Vaccination in Bombay 1924-1928 - 1924-1928
Year: 1924
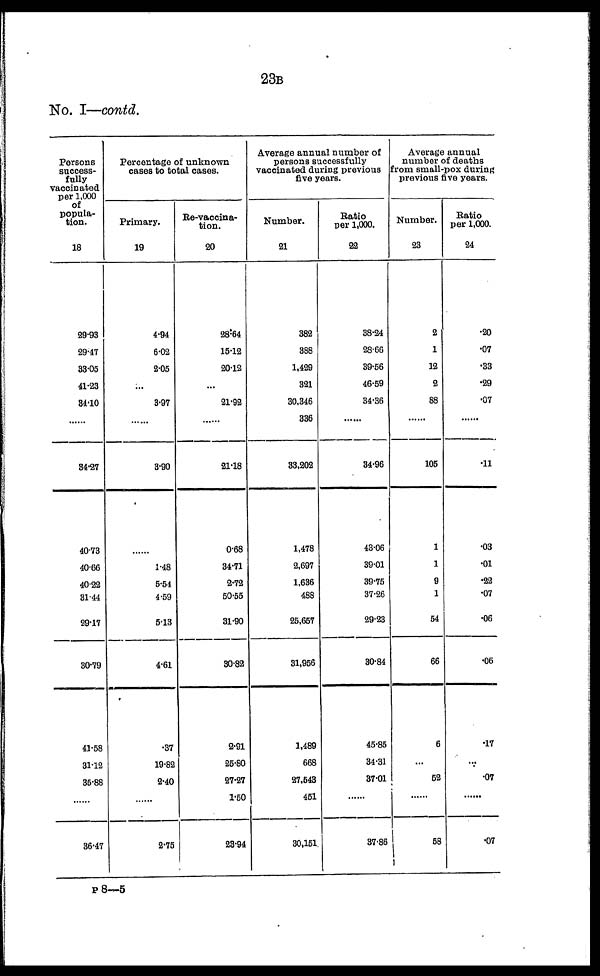
23B
No. I—contd.
Persons
success-
fully
vaccinated
per 1,000
of
popula-
tion.
18
29.93
29.47
33.05
41.23
34.10
......
34.27
40.73
40.66
40.22
31.44
29.17
30.79
41.58
31.12
35.88
......
36.47
Percentage of unknown
cases to total cases.
Primary.
19
4.94
6.02
2.05
...
3.97
......
3.90
......
1.48
5.54
4.59
5.13
4.61
.37
19.82
2.40
......
2.75
Re-vaccina-
tion.
20
28.64
15.12
20.12
...
21.92
......
21.18
0.68
34.71
2.72
50.55
31.90
30.82
2.91
25.80
27.27
1.50
23.94
Average annual number of
persons successfully
vaccinated during previous
five years.
Number.
21
382
388
1,429
321
30,346
336
33,202
1,478
2,697
1,636
488
25,657
31,956
1,489
668
27,543
451
30,151
Ratio
per 1,000.
22
38.24
28.66
39.56
46.59
34.36
......
34.96
43.06
39.01
39.75
37.26
29.23
30.84
45.85
34.31
37.01
......
37.86
Average annual
number of deaths
from small-pox during
previous five years.
Number.
23
2
1
12
2
88
......
105
1
1
9
1
54
66
6
...
52
......
58
Ratio
per 1,000.
24
.20
.07
.33
.29
.07
......
.11
.03
.01
.22
.07
.06
.06
.17
...
.07
.07
P 8—5